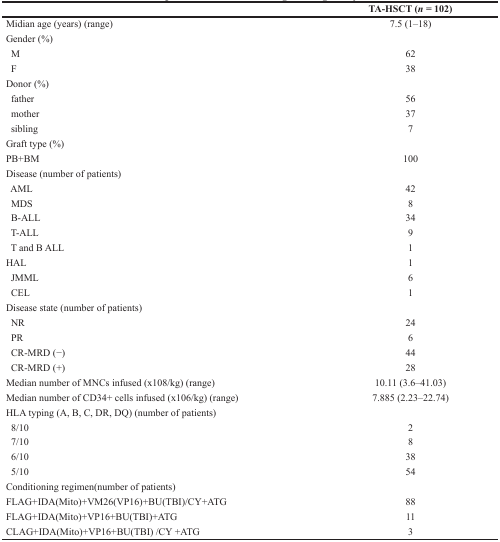
<table><thead><tr><td></td><td><b>TA-HSCT (<i>n =</i> 102)</b></td></tr></thead><tbody><tr><td>Midian age (years) (range)</td><td>7.5 (1–18)</td></tr><tr><td>Gender (%)</td><td></td></tr><tr><td> M</td><td>62</td></tr><tr><td> F</td><td>38</td></tr><tr><td>Donor (%)</td><td></td></tr><tr><td> father</td><td>56</td></tr><tr><td> mother</td><td>37</td></tr><tr><td> sibling</td><td>7</td></tr><tr><td>Graft type (%)</td><td></td></tr><tr><td>PB+BM</td><td>100</td></tr><tr><td>Disease (number of patients)</td><td></td></tr><tr><td> AML</td><td>42</td></tr><tr><td> MDS</td><td>8</td></tr><tr><td> B-ALL</td><td>34</td></tr><tr><td> T-ALL</td><td>9</td></tr><tr><td> T and B ALL</td><td>1</td></tr><tr><td>HAL</td><td>1</td></tr><tr><td> JMML</td><td>6</td></tr><tr><td> CEL</td><td>1</td></tr><tr><td>Disease state (number of patients)</td><td></td></tr><tr><td> NR</td><td>24</td></tr><tr><td> PR</td><td>6</td></tr><tr><td> CR-MRD (−)</td><td>44</td></tr><tr><td> CR-MRD (+)</td><td>28</td></tr><tr><td>Median number of MNCs infused (x108/kg) (range)</td><td>10.11 (3.6–41.03)</td></tr><tr><td>Median number of CD34+ cells infused (x106/kg) (range)</td><td>7.885 (2.23–22.74)</td></tr><tr><td>HLA typing (A, B, C, DR, DQ) (number of patients)</td><td></td></tr><tr><td> 8/10</td><td>2</td></tr><tr><td> 7/10</td><td>8</td></tr><tr><td> 6/10</td><td>38</td></tr><tr><td> 5/10</td><td>54</td></tr><tr><td>Conditioning regimen(number of patients)</td><td></td></tr><tr><td>FLAG+IDA(Mito)+VM26(VP16)+BU(TBI)/CY+ATG</td><td>88</td></tr><tr><td>FLAG+IDA(Mito)+VP16+BU(TBI)+ATG</td><td>11</td></tr><tr><td>CLAG+IDA(Mito)+VP16+BU(TBI) /CY +ATG</td><td>3</td></tr></tbody></table>